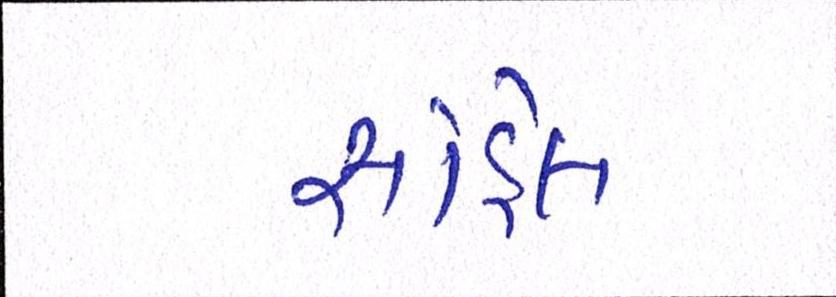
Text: સોહેલ